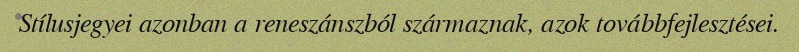
Stílusjegyei azonban a reneszánszból származnak, azok továbbfejlesztései.